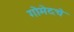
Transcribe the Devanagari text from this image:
गोमेदचे